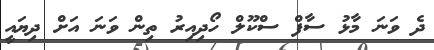
ދެ ވަނަ މާޅު ސާފް ސްކޫލް ހޯދިއިރު ތިން ވަނަ އަށް ދިޔައީ